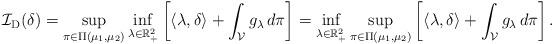
LaTeX: \begin{align*}\mathcal{I}_{\mathrm{D}} (\delta) = \sup _{\pi \in \Pi\left(\mu_1, \mu_2\right)} \inf _{\lambda \in \mathbb{R}_{+}^2}\left[\langle\lambda, \delta\rangle+\int_{\mathcal{V}} g_\lambda \, d \pi\right] = \inf _{\lambda \in \mathbb{R}_{+}^2} \sup _{\pi \in \Pi\left(\mu_1, \mu_2\right)} \left[\langle\lambda, \delta\rangle+\int_{\mathcal{V}} g_\lambda \, d \pi\right].\end{align*}